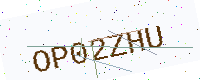
Text: OP02ZHU